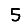
Digit: 5